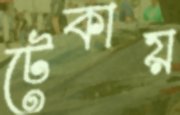
টেকায়